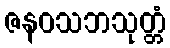
ဇနဝသဘသုတ္တံ